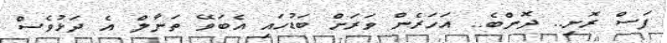
ފަސް ރޮށި.. ދޮންބެ.. އަހަރެން ވަރަށް ބަޑުހައި އެބަވޭ ތަނާލް އެ ދަޅުވެސް